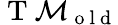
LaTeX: \mathrm{~T~}\mathcal{M}_{\mathrm{~o~l~d~}}